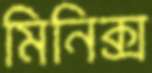
মিনিক্স